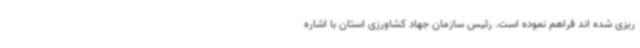
ریزی شده اند فراهم نموده است. رئیس سازمان جهاد کشاورزی استان با اشاره